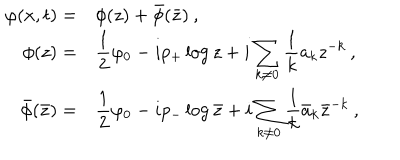
\begin{array} { r l } { { \displaystyle \varphi ( x , t ) = } } & { { \phi ( z ) + \bar { \phi } ( \bar { z } ) \: , } } \\ { { \phi ( z ) = } } & { { \displaystyle \frac { 1 } { 2 } \varphi _ { 0 } - i p _ { + } \log z + i \displaystyle \sum _ { k \neq 0 } \displaystyle \frac { 1 } { k } a _ { k } z ^ { - k } \: , } } \\ { { \bar { \phi } ( \bar { z } ) = } } & { { \displaystyle \frac { 1 } { 2 } \varphi _ { 0 } - i p _ { - } \log \bar { z } + i \displaystyle \sum _ { k \neq 0 } \displaystyle \frac { 1 } { k } \bar { a } _ { k } \bar { z } ^ { - k } \: , } } \\ \end{array}